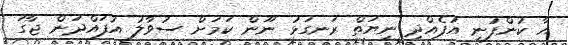
އާ ކުންފުނި އުފެއްދި ނިޔަތް ރަނގަޅު ނޫން ކަމަށް ސުވާލު އުފައްދަން ޖާގަ